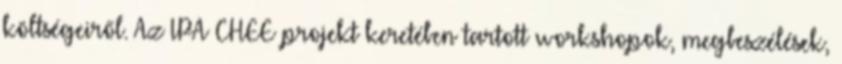
költségeiről. Az IPA CHEE projekt keretében tartott workshopok, megbeszélések,